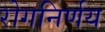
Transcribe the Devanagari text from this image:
रोगनिर्णय